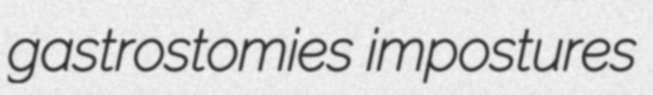
gastrostomies impostures